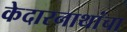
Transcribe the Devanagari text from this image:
केदारनाथांचा